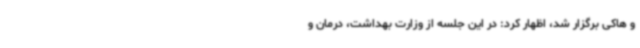
و هاکی برگزار شد، اظهار کرد: در این جلسه از وزارت بهداشت، درمان و